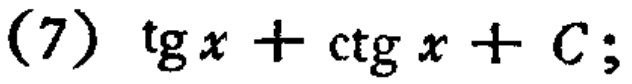
(7) \(\tg x+\ctg x + C;\)